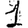
Digit: 1